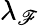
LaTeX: \lambda_{\mathscr{F}}